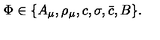
\Phi \in \{ A _ { \mu } , \rho _ { \mu } , c , \sigma , \bar { c } , B \} .